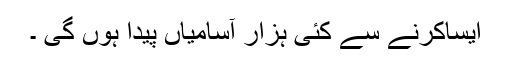
ایساکرنے سے کئی ہزار آسامیاں پیدا ہوں گی ۔